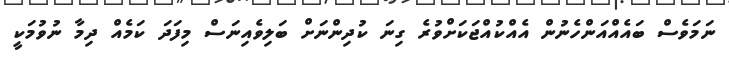
ނަމަވެސް ބައެއްއަންހެނުން އެއްކުއްޖަކަށްވުރެ ގިނަ ކުދިންނަށް ބަލިވެއިނަސް މިފަދަ ކަމެއް ދިމާ ނުވުމަކީ